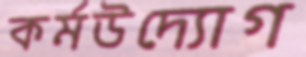
কর্মউদ্যোগ